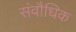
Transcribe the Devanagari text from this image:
संवौधिक